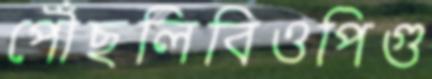
পৌঁছলিবিওপিগু